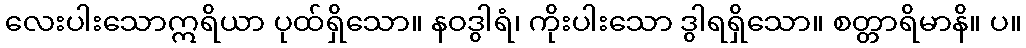
လေးပါးသောဣရိယာ ပုထ်ရှိသော။ နဝဒွါရံ၊ ကိုးပါးသော ဒွါရရှိသော။ စတ္တာရိမာနိ။ ပ။